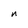
Character: n